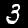
Label: 3